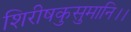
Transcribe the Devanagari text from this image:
शिरीषकुसुमानि।।